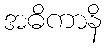
အဓိကာနိ